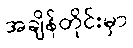
အချိန်တိုင်းမှာ